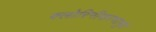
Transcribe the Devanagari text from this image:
क्लोरिनीकरणामुळे